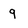
Character: 9